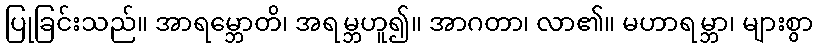
ပြုခြင်းသည်။ အာရမ္ဘောတိ၊ အရမ္ဘဟူ၍။ အာဂတာ၊ လာ၏။ မဟာရမ္ဘာ၊ များစွာ